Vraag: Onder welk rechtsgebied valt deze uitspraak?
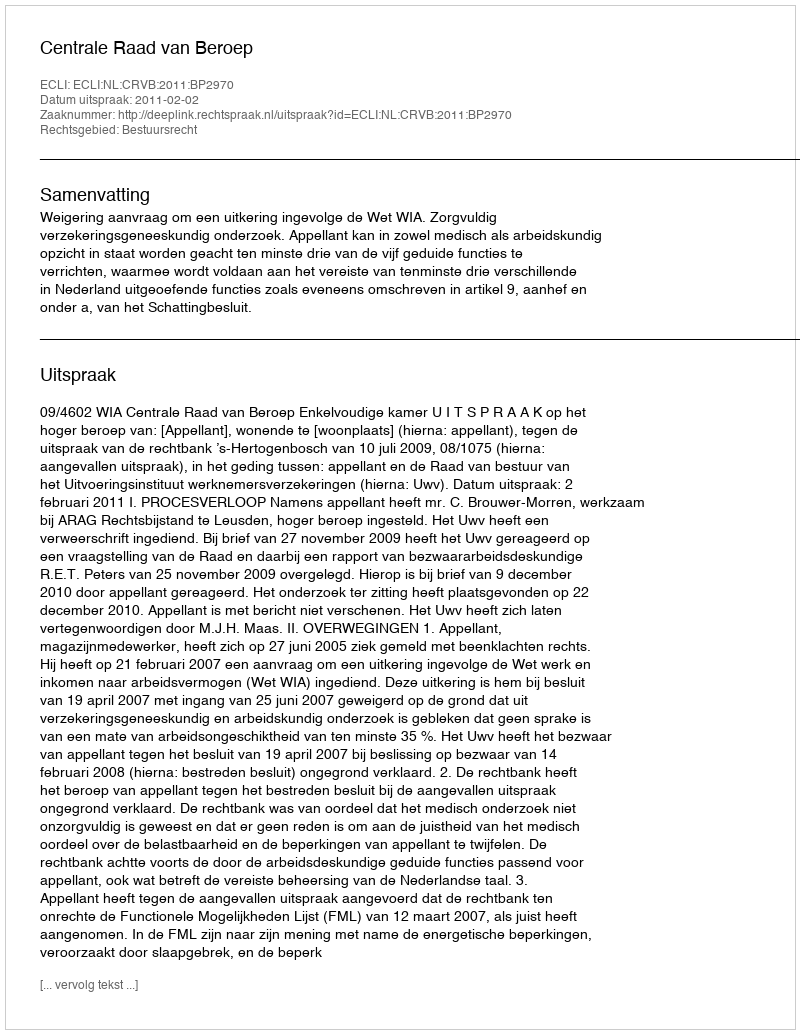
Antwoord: Bestuursrecht